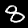
Label: 8